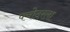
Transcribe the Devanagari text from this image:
फ्योदरला